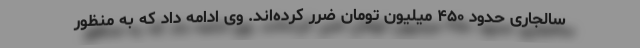
سالجاری حدود ۴۵۰ میلیون تومان ضرر کرده‌اند. وی ادامه داد که به منظور